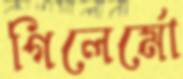
গিলের্মো